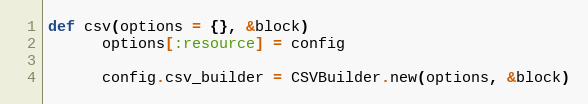
Language: Ruby
def csv(options = {}, &block)
      options[:resource] = config

      config.csv_builder = CSVBuilder.new(options, &block)